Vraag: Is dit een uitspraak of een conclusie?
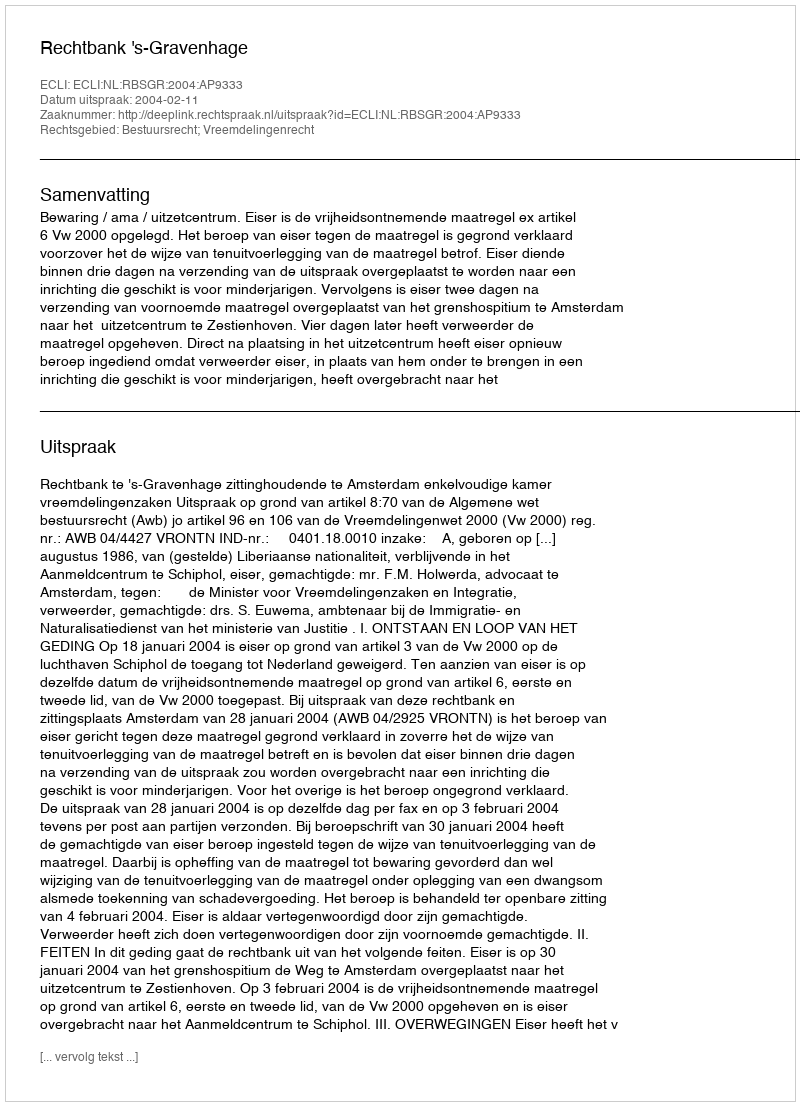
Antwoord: Uitspraak